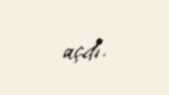
açdı.